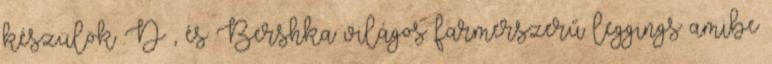
készülök :D , és Bershka világos farmerszerű leggings amibe